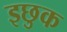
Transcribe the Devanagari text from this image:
इछुक